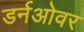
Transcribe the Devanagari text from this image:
डर्नओवर